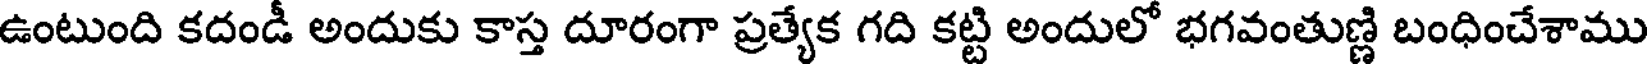
ఉంటుంది కదండీ అందుకు కాస్త దూరంగా ప్రత్యేక గది కట్టి అందులో భగవంతుణ్ణి బంధించేశాము